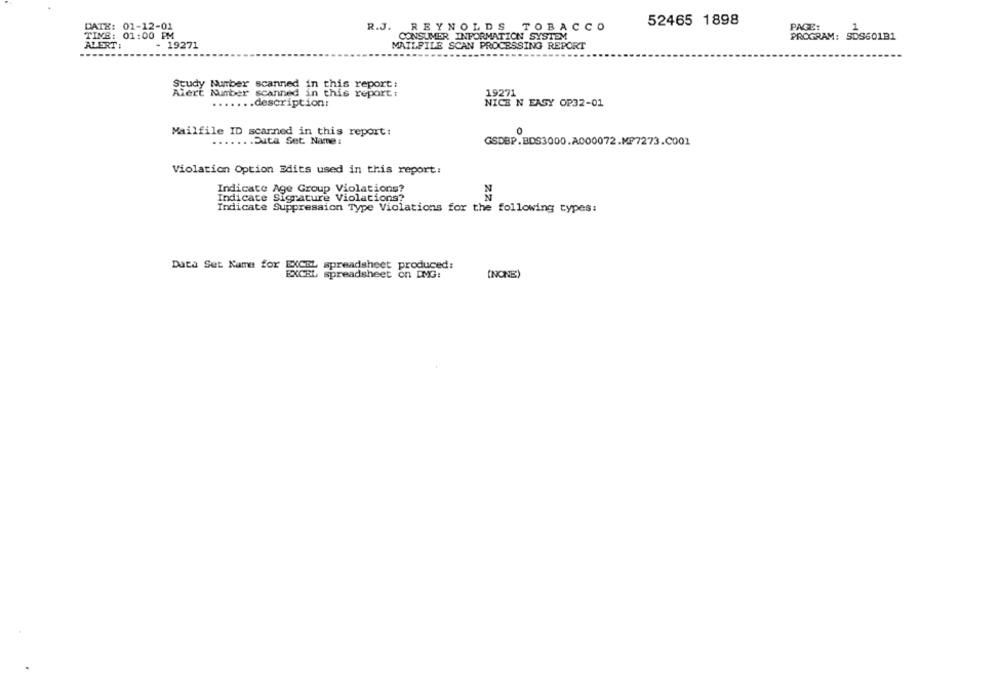
52465 1898
DATE: 01-12-01
R.J. REYNOLDS TOBACCO
PAGE:
1
TINE: 01:00 PM
CONSUMER INFORMATION SYSTEM
PROGRAM: SDS601B1
ALERT:
- 19271
MAILFILE SCAN PROCESSING REPORT
Study Number scanned in this report:
Alert Mmber scanned in this report:
19271
....... description:
NICE N EASY OP32-01
Mailfile ID scarned in this report:
.Data Set Name :
GSDBP.BDS3000.A000072.MP7273.C001
Violation Option Edits used in this report:
N
Indicate Age Group Violations?
Indicate Signature Violations?
N
Indicate Suppression Type Violations for the following types:
Data Set Name for EXCEL spreadsheet produced:
EXCEL spreadsheet on DMG:
(NONE)